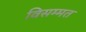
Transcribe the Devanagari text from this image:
विसम्मत